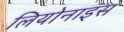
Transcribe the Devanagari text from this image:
लियोनाइस